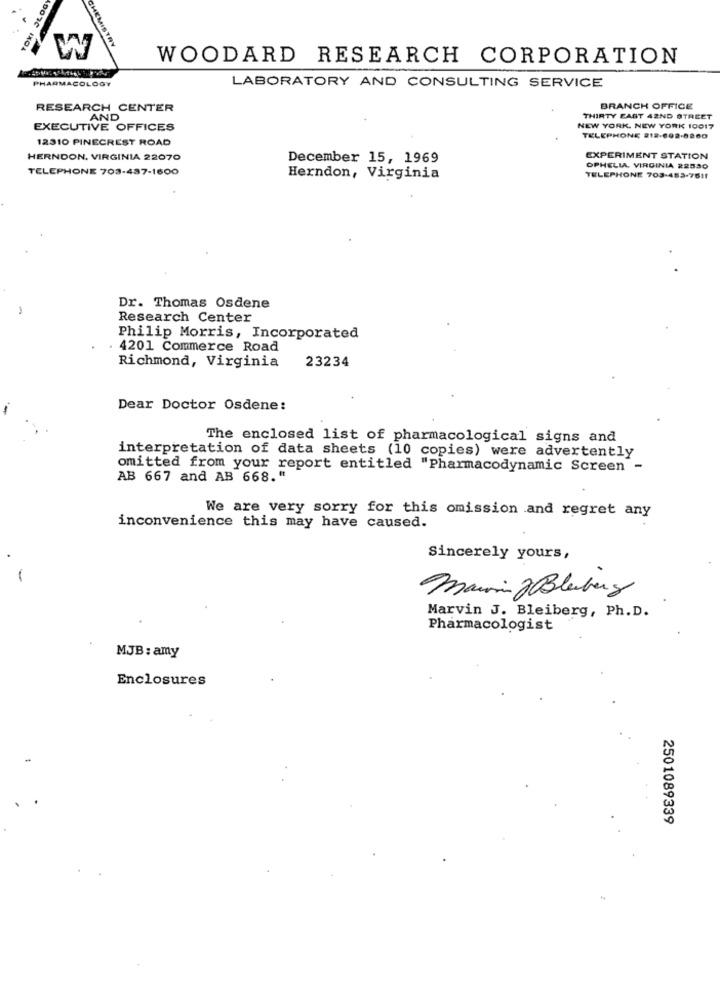
4DOTC IXOA
W
CHEMISTRY
WOODARD RESEARCH CORPORATION
PHARMACOLOGY
LABORATORY AND CONSULTING SERVICE
RESEARCH CENTER
BRANCH OFFICE
AND
THIRTY FAST 42ND STREET
EXECUTIVE OFFICES
NEW YORK, NEW YORK 10017
12310 PINECREST ROAD
TELEPHONE 212-692-8200
HERNDON, VIRGINIA 22070
December 15, 1969
EXPERIMENT STATION
TELEPHONE 703-437-1600
OPHELIA, VIRGINIA 22530
Herndon, Virginia
TELEPHONE 703-453-7611
Dr. Thomas Osdene
Research Center
Philip Morris, Incorporated
4201 Commerce Road
Richmond, Virginia
23234
Dear Doctor Osdene:
The enclosed list of pharmacological signs and
interpretation of data sheets (10 copies) were advertently
omitted from your report entitled "Pharmacodynamic Screen -
AB 667 and AB 668. "
We are very sorry for this omission and regret any
inconvenience this may have caused.
Sincerely yours,
-
Marin &Bluebery
Marvin J. Bleiberg , Ph.D.
Pharmacologist
MJB: amy
Enclosures
2501089339